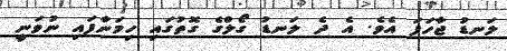
ލަނޑު ޖާހަފަ އެވެ. އެ ދެ ލަނޑު ގޯލްގެ ގޮތުގައި ހިމަނާފައި ނުވަނީ